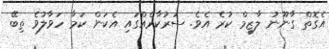
އެގޮތް ގާނޫނު ލާޒިމް ކުރެ އެވެ. ސަރުކާރެއްގައި އެކަން ކަމާ ހަވާލުވެ ތިބޭ